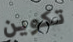
تكوين